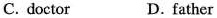
C. doctor D. father